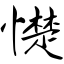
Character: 憷